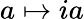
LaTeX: a\mapsto ia